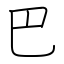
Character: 巴